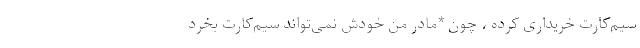
سیم‌کارت خریداری کرده ، چون *مادر من خودش نمی‌تواند سیم‌کارت بخرد